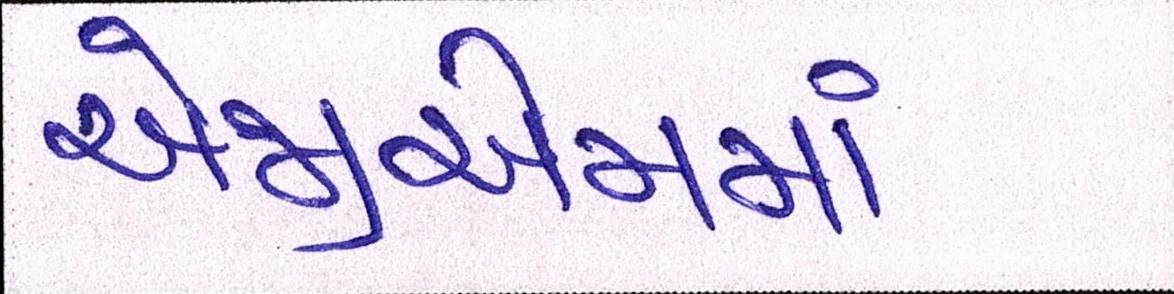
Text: એજીએમમાં